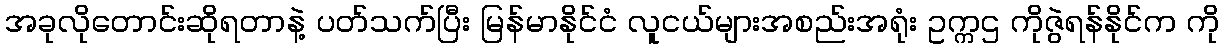
အခုလိုတောင်းဆိုရတာနဲ့ ပတ်သက်ပြီး မြန်မာနိုင်ငံ လူငယ်များအစည်းအရုံး ဥက္ကဌ ကိုဇွဲရန်နိုင်က ကို